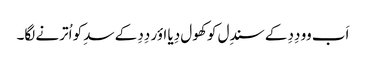
اَب وو دِدِ کے سندِل کو کھول دِیا اؤر دِدِ کے سدِ کو اُترنے لگا۔